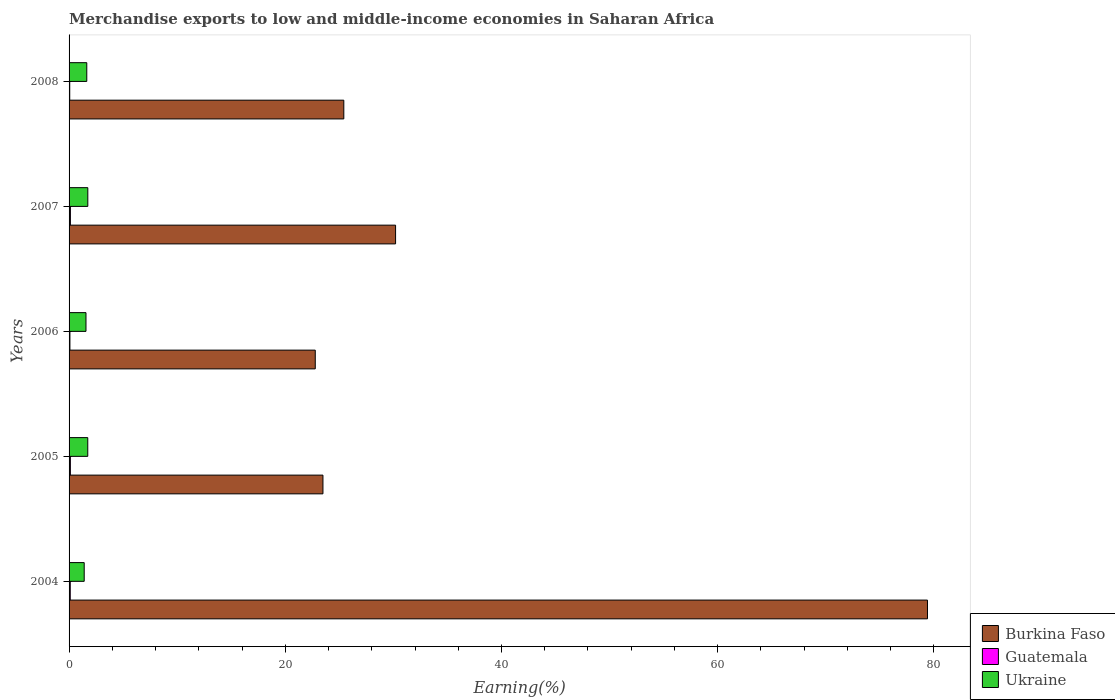
| Years | Burkina Faso | Guatemala | Ukraine |
 | --- | --- | --- | --- |
 | 2004 | 79.4 | 0.109 | 1.4 |
 | 2005 | 23.5 | 0.121 | 1.73 |
 | 2006 | 22.8 | 0.0784 | 1.56 |
 | 2007 | 30.2 | 0.123 | 1.73 |
 | 2008 | 25.4 | 0.0609 | 1.64 |